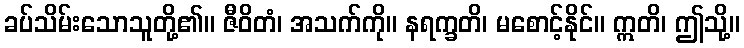
ခပ်သိမ်းသောသူတို့၏။ ဇီဝိတံ၊ အသက်ကို။ နရက္ခတိ၊ မစောင့်နိုင်။ ဣတိ၊ ဤသို့။